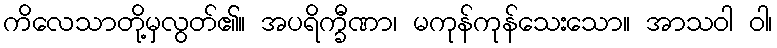
ကိလေသာတို့မှလွတ်၏။ အပရိက္ခီဏာ၊ မကုန်ကုန်သေးသော။ အာသဝါ ဝါ၊